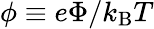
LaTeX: \phi\equiv e\Phi/k_{\mathrm{B}}T